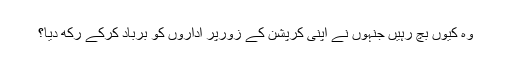
وہ کیوں بچ رہیں جنہوں نے اپنی کرپشن کے زورپر اداروں کو برباد کرکے رکھ دیا؟